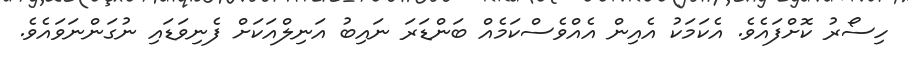
ހިސޯރު ކޮށްފައެވެ. އެކަމަކު އެއިން އެއްވެސްކަމެއް ބަންޑަރަ ނައިބު އަނިލްއަކަށް ފެނިވަޑައި ނުގަންނަވައެވެ.